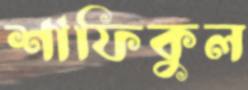
শাফিকুল